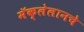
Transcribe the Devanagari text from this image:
मॅक्लेलानचे